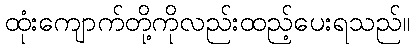
ထုံးကျောက်တို့ကိုလည်းထည့်ပေးရသည်။